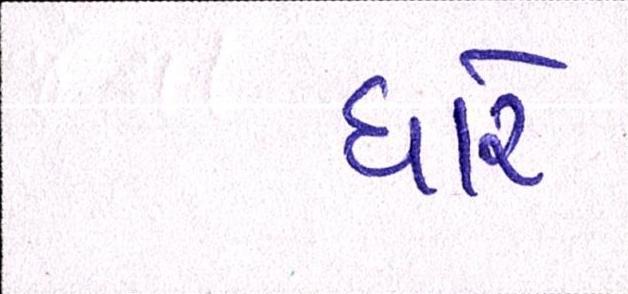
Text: ધારે